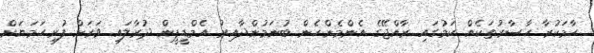
ހާމަކުރާ ހާސާރުތަކެއް ކަމުގައި ރާއްޖޭގެ އެންމެންހެން ބުނަމުންދާއިރު އެމްޑީޕީން ދުރާލައި ވަރަށް ފުރިހަމަޔަށް